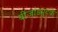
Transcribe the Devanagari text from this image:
बीजांडपुटके